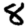
Digit: 8